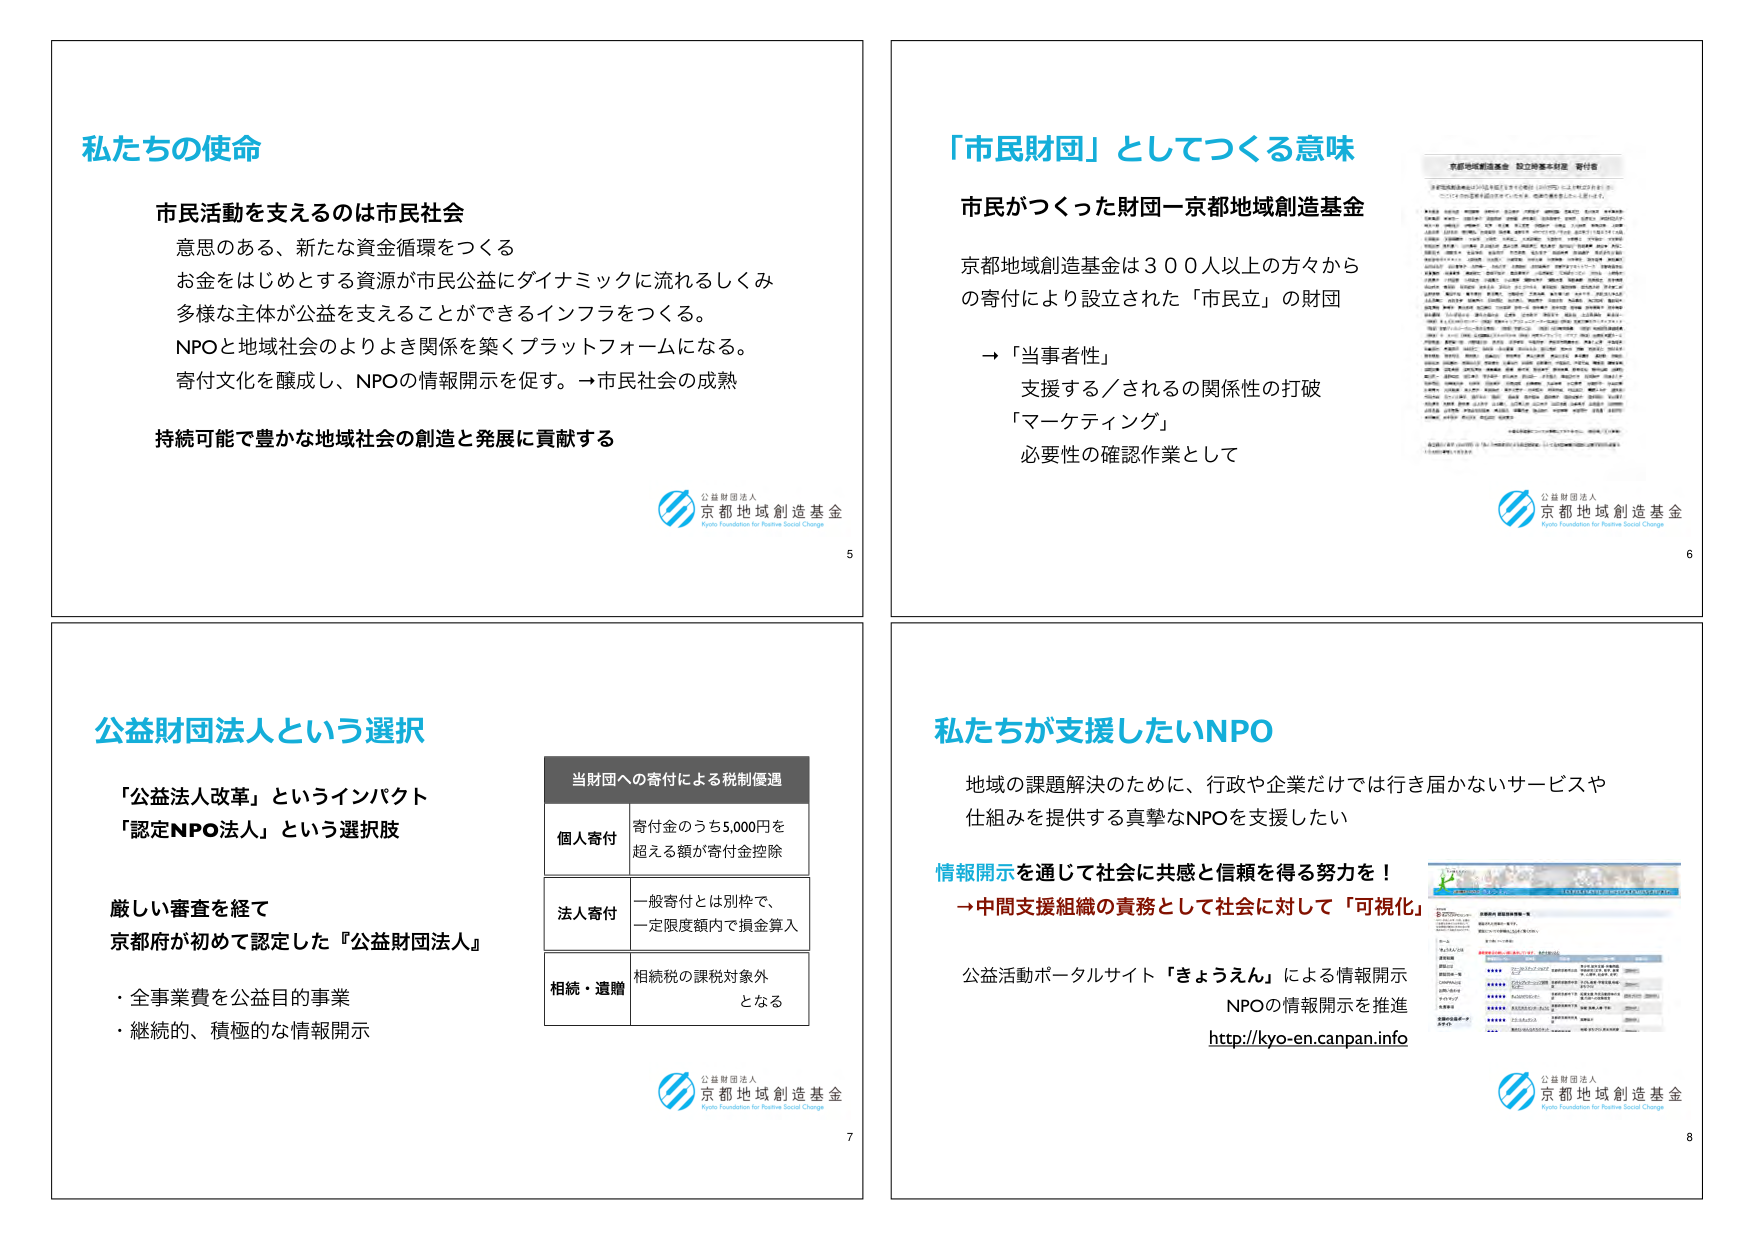
私たちの使命

市民活動を支えるのは市民社会
意思のある、新たな資金循環をつくる
お金をはじめとする資源が市民公益にダイナミックに流れるしくみ
多様な主体が公益を支えることができるインフラをつくる。
NPOと地域社会のよりよき関係を築くプラットフォームになる。
寄付文化を醸成し、NPOの情報開示を促す。→市民社会の成熟

持続可能で豊かな地域社会の創造と発展に貢献する

公益財団法人
京都地域創造基金
Kyoto Foundation for Positive Social Change

5

「市民財団」としてつくる意味

市民がつくった財団－京都地域創造基金

京都地域創造基金は３００人以上の方々から
の寄付により設立された「市民立」の財団

→「当事者性」
支援する／されるの関係性の打破
「マーケティング」
必要性の確認作業として

京都地域創造基金 設立時基本財産 寄付者

京都地域創造基金は2012年12月1日をもって開設（2011年11月21日設立）し、
ここに示す300名を超える寄付者の方々により、基本財産を立ち上げました。

（以下、寄付者名一覧。文字が小さく読み取れない部分は省略）

※本資料は2012年12月1日現在のものであり、その後の寄付者も含むものではありません。

公益財団法人
京都地域創造基金
Kyoto Foundation for Positive Social Change

6

公益財団法人という選択

「公益法人改革」というインパクト
「認定NPO法人」という選択肢

厳しい審査を経て
京都府が初めて認定した『公益財団法人』
・全事業費を公益目的事業
・継続的、積極的な情報開示

当財団への寄付による税制優遇

個人寄付　寄付金のうち5,000円を
　　　　　超える額が寄付金控除

法人寄付　一般寄付とは別枠で、
　　　　　一定限度額内で損金算入

相続・遺贈　相続税の課税対象外
　　　　　となる

公益財団法人
京都地域創造基金
Kyoto Foundation for Positive Social Change

7

私たちが支援したいNPO

地域の課題解決のために、行政や企業だけでは行き届かないサービスや
仕組みを提供する真摯なNPOを支援したい

情報開示を通じて社会に共感と信頼を得る努力を！
→中間支援組織の責務として社会に対して「可視化」

公益活動ポータルサイト「きょうえん」による情報開示
NPOの情報開示を推進
http://kyo-en.canpan.info

公益財団法人
京都地域創造基金
Kyoto Foundation for Positive Social Change

8